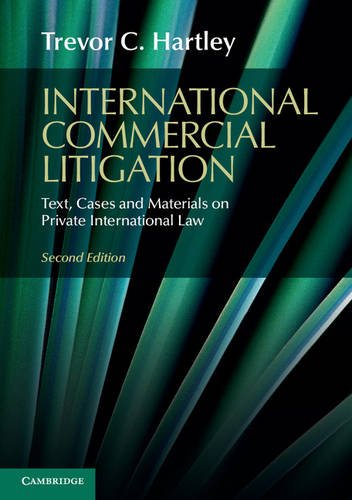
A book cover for International Commercial Litigation: Text, Cases and Materials on Private International Law; Trevor C. Hartley; Law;